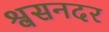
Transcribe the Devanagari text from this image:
श्वसनदर